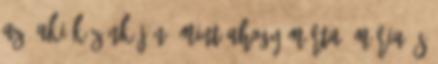
az, aki közénk jön, mint ahogy Márta, Mária és